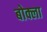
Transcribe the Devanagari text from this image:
बोक्ला